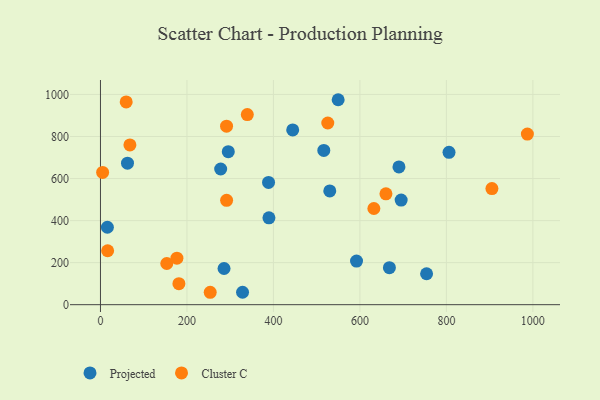
{"axis": {"x": "Price", "y": "Profit"}, "legend": ["Cluster C", "Projected"], "data": [{"x": "806.1", "y": 724.9, "type": "Projected"}, {"x": "328.6", "y": 59.2, "type": "Projected"}, {"x": "516.5", "y": 733.6, "type": "Projected"}, {"x": "278.0", "y": 645.4, "type": "Projected"}, {"x": "285.8", "y": 172.1, "type": "Projected"}, {"x": "695.4", "y": 497.5, "type": "Projected"}, {"x": "295.6", "y": 727.7, "type": "Projected"}, {"x": "389.6", "y": 413.2, "type": "Projected"}, {"x": "388.7", "y": 581.5, "type": "Projected"}, {"x": "592.2", "y": 207.3, "type": "Projected"}, {"x": "530.3", "y": 541.1, "type": "Projected"}, {"x": "444.6", "y": 831.3, "type": "Projected"}, {"x": "549.7", "y": 974.9, "type": "Projected"}, {"x": "754.2", "y": 147.1, "type": "Projected"}, {"x": "668.2", "y": 176.1, "type": "Projected"}, {"x": "62.5", "y": 673.2, "type": "Projected"}, {"x": "690.3", "y": 655.2, "type": "Projected"}, {"x": "16.0", "y": 368.2, "type": "Projected"}, {"x": "525.7", "y": 864.3, "type": "Cluster C"}, {"x": "291.6", "y": 848.9, "type": "Cluster C"}, {"x": "905.3", "y": 552.4, "type": "Cluster C"}, {"x": "660.2", "y": 527.2, "type": "Cluster C"}, {"x": "153.4", "y": 195.8, "type": "Cluster C"}, {"x": "253.8", "y": 59.0, "type": "Cluster C"}, {"x": "632.3", "y": 457.5, "type": "Cluster C"}, {"x": "5.0", "y": 629.0, "type": "Cluster C"}, {"x": "59.5", "y": 964.6, "type": "Cluster C"}, {"x": "181.4", "y": 100.1, "type": "Cluster C"}, {"x": "176.8", "y": 221.0, "type": "Cluster C"}, {"x": "291.7", "y": 496.5, "type": "Cluster C"}, {"x": "68.1", "y": 759.8, "type": "Cluster C"}, {"x": "339.6", "y": 904.3, "type": "Cluster C"}, {"x": "987.3", "y": 811.7, "type": "Cluster C"}, {"x": "16.6", "y": 256.5, "type": "Cluster C"}]}